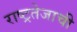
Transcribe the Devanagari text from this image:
राष्ट्रतेजाची